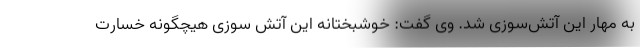
به مهار این آتش‌سوزی شد. وی گفت: خوشبختانه این آتش سوزی هیچگونه خسارت